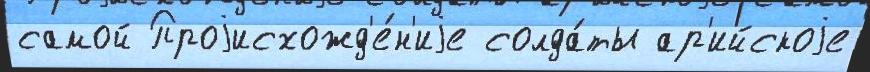
самой Проjисхожд'е́н'иjе солда́ты ар'ийскоjе